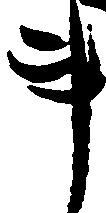
事